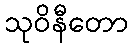
သုဝိနီတော